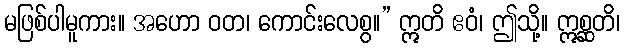
မဖြစ်ပါမူကား။ အဟော ဝတ၊ ကောင်းလေစွ။” ဣတိ ဧဝံ၊ ဤသို့။ ဣစ္ဆတိ၊